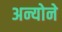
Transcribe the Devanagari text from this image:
अन्योने